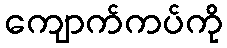
ကျောက်ကပ်ကို